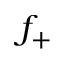
f _ { + }